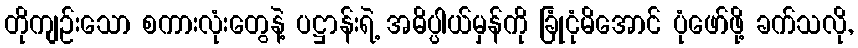
တိုကျဉ်းသော စကားလုံးတွေနဲ့ ပဋ္ဌာန်းရဲ့ အဓိပ္ပါယ်မှန်ကို ခြုံငုံမိအောင် ပုံဖော်ဖို့ ခက်သလို,